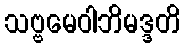
သဗ္ဗမေဝါဘိမဒ္ဒတိ